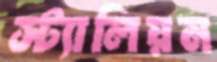
স্ট্যালিয়ন